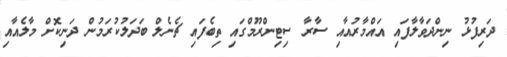
ދަރިފުޅު ނިންދަވާލާފައި އައްމާރުއާއި ސާރާ ސިޓިންރޫމްގައި ތިބެފައި ޗެނެލް ބަދަލުކުރަމުން ދަނިކޮށް މާލެއާއި